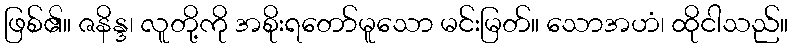
ဖြစ်၏။ ဇနိန္ဒ၊ လူတို့ကို အစိုးရတော်မူသော မင်းမြတ်။ သောအဟံ၊ ထိုငါသည်။